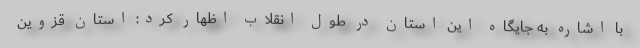
با اشاره به جایگاه این استان در طول انقلاب اظهار کرد: استان قزوین